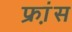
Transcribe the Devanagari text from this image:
फ्रा़ंस